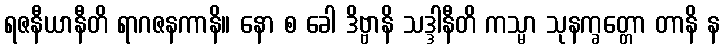
ရဇနီယာနီတိ ရာဂဇနကာနိ။ နော စ ခေါ ဒိဗ္ဗာနိ သဒ္ဒါနီတိ ကသ္မာ သုနက္ခတ္တော တာနိ န